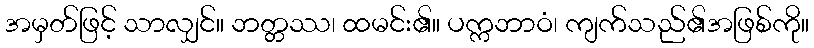
အမှတ်ဖြင့် သာလျှင်။ ဘတ္တဿ၊ ထမင်း၏။ ပက္ကဘာဝံ၊ ကျက်သည်၏အဖြစ်ကို။